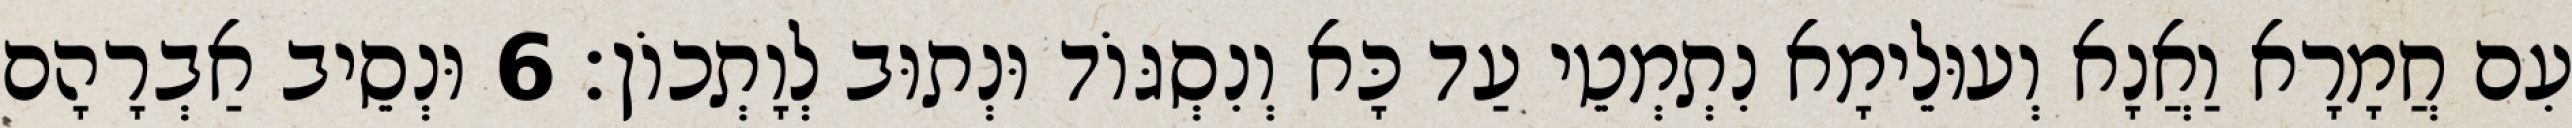
עִם חֲמָרָא וַאֲנָא וְעוּלֵימָא נִתְמְטֵי עַד כָּא וְנִסְגּוֹד וּנְתוּב לְוָתְכוֹן׃ 6 וּנְסֵיב אַבְרָהָם